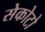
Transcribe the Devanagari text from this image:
सेकोटो